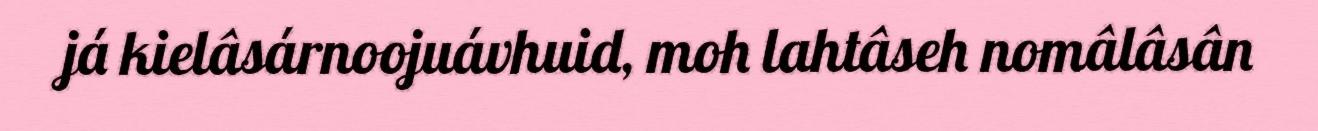
já kielâsárnoojuávhuid, moh lahtâseh nomâlâsân